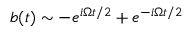
b ( t ) \sim - e ^ { i \Omega t / 2 } + e ^ { - i \Omega t / 2 }